Civil Veterinary Department Bengal reports 1923-33 - 1923-1933
Year: 1923
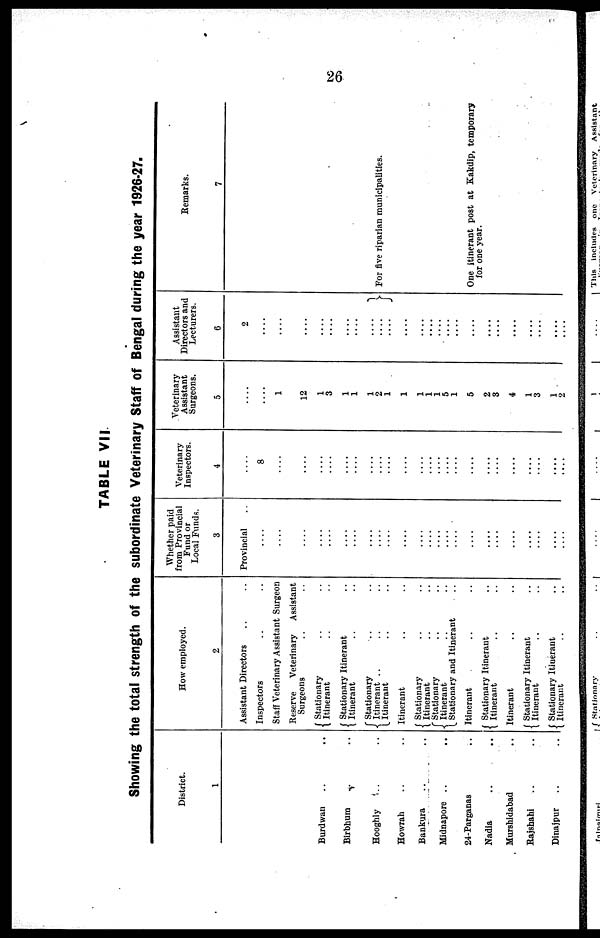
26
TABLE VII
Showing the total strength of the subordinate Veterinary Staff of Bengal during the year 1926-27.
District.
1
Burdwan .. ..
Birbhum .. ..
Hooghly .. ..
Howrah .. ..
Bunkura .. ..
Midnapore .. ..
24-Parganas ..
Nadia .. ..
Murshidabad ..
Rajshahi .. ..
Dinajpur .. ..
How employed.
2
Assistant Directors .. ..
Inspectors .. ..
Staff Veterinary Assistant Surgeon
Reserve
Veterinary
Assistant
Surgeons
Stationary.. ..
Itinerant .. ..
Stationary Itinerant .. ..
Itinerant .. ..
Stationary .. ..
Itinerant .. .. ..
Itinerant .. ..
Itinerant .. ..
Stationary .. ..
Itinerant .. ..
Stationary .. ..
Itinerant .. ..
Stationary and Itinerant ..
Itinerant .. ..
Stationary Itinerant .. ..
Itinerant .. ..
Itinerant .. ..
Stationary Itinerant .. ..
Itinerant .. ..
Stationary Itinerant ..
Itinerant .. ..
Whether paid
from Provincial
Fund or
Local Funds.
3
Provincial ..
....
....
....
....
....
....
....
....
....
....
....
.... ....
....
....
....
....
....
....
....
....
....
Veterinary
Inspectors.
4
....
8
....
....
....
....
....
....
....
....
.... ....
....
....
....
....
....
....
....
....
....
....
....
....
Veterinary
Assistant
Surgeons.
5
....
....
1
12
1
3
1
1
1
2
1
1
1
1
1
5
1
5
2
3
4
1
3
1
2
Assistant
Directors and
Lecturers.
6
2
....
....
....
....
....
....
....
....
....
....
....
....
....
....
....
....
....
....
....
....
....
....
....
Remarks.
7
For five riparian municipalities.
One itinerant post at Kakdip, temporary
for one year.